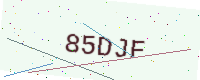
Text: 85DJF